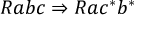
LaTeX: R a b c \Rightarrow R a c ^ { * } b ^ { * }